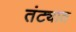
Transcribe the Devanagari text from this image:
तंट्यात